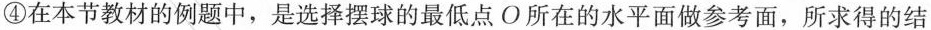
④在本节教材的例题中，是选择摆球的最低点O所在的水平面做参考面，所求得的结